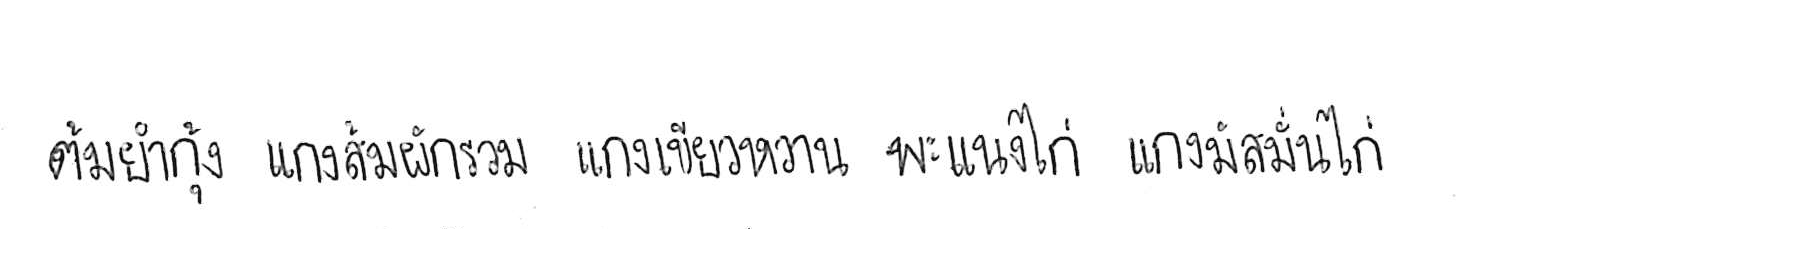
ต้มยำกุ้ง แกงส้มผักรวม แกงเขียวหวาน พะแนงไก่ แกงมัสมั่นไก่